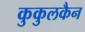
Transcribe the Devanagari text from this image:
कुकुलकैन